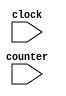
module parte1maq1(clock, counter);
  input clock;
  input [1:0] counter;

  // Possiveis Operao
  parameter readMiss = 2'b00;
  parameter readHit = 2'b01;
  parameter writeMiss = 2'b10;
  parameter writeHit = 2'b11;

  // Estados do Processador
  parameter invalid = 2'b00;
  parameter exclusive = 2'b01;
  parameter shared = 2'b10;

  // Mensagens do Processador
  parameter emptyMessage = 2'b00;
  parameter placeReadMissOnBus = 2'b01;
  parameter placeInvalidateOnBus = 2'b10; 
  parameter placeWriteMissOnBus = 2'b11;
  
  // Aes do Processador
  parameter emptyAction = 2'b00;
  parameter writeBackBlock = 2'b01;
  parameter writeBackCacheBlock = 2'b10;

  reg [1:0] estado;
  reg [1:0] mensagem, acao;

  initial
    estado <= 0;

  always @(posedge clock)
    case(estado)
      invalid:
        case(counter)
          readMiss, readHit:
            begin
              estado <= shared;
              mensagem <= placeReadMissOnBus;
				  acao <= emptyAction;
            end
          writeMiss, writeHit:
            begin
              estado <= exclusive;
              mensagem <= placeWriteMissOnBus;
				  acao <= emptyAction;
            end
        endcase
      exclusive:
        case(counter)
          writeHit, readHit:
            begin
              estado <= exclusive;
              mensagem <= emptyMessage;
				  acao <= emptyAction;
            end
          writeMiss:
            begin
              estado <= exclusive;
              mensagem <= placeWriteMissOnBus;
				  acao <= writeBackCacheBlock;
            end
          readMiss:
            begin
              estado <= shared;
              mensagem <= placeReadMissOnBus;
				  acao <= writeBackBlock;
            end
        endcase
      shared:
        case(counter)
          readHit:
            begin
              estado <= shared;
              mensagem <= emptyMessage;
				  acao <= emptyAction;
            end
          readMiss:
            begin
              estado <= shared;
              mensagem <= placeReadMissOnBus;
				  acao <= emptyAction;
            end
          writeMiss:
            begin
              estado <= exclusive;
              mensagem <= placeWriteMissOnBus;
				  acao <= emptyAction;
            end
			writeHit:
            begin
              estado <= exclusive;
              mensagem <= placeInvalidateOnBus;
				  acao <= emptyAction;
            end
        endcase
    endcase
endmodule